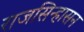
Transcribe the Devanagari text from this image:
राजसिन्हासन